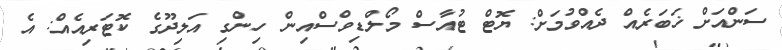
ސަންއަށް ޚަބަރެއް ދެއްވުމަށް: ޔޮޓް ޓުއާސް މޯލްޑިވްސްއިން ހިންގި އަލިދޫގެ ކޮޓަރިއެއް: އެ